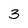
Character: 3